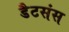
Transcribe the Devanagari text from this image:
डैटसंस